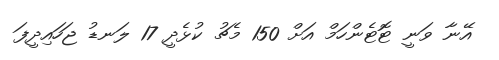
އޭނާ ވަނީ ޓޮޓެންހަމް އަށް 150 މެޗު ކުޅެދީ 17 ލަނޑު ޖަހައިދީފަ